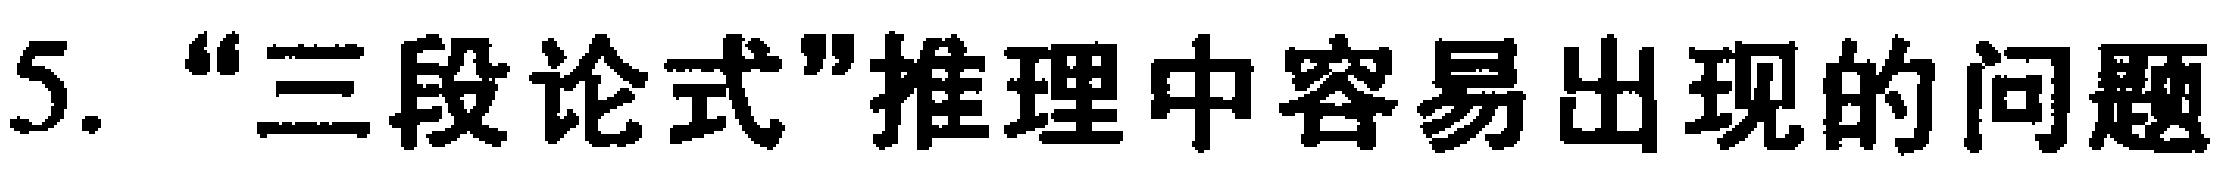
5. “三段论式”推理中容易出现的问题